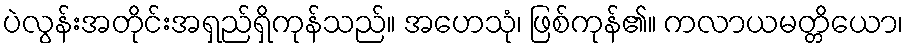
ပဲလွန်းအတိုင်းအရှည်ရှိကုန်သည်။ အဟေသုံ၊ ဖြစ်ကုန်၏။ ကလာယမတ္တိယော၊